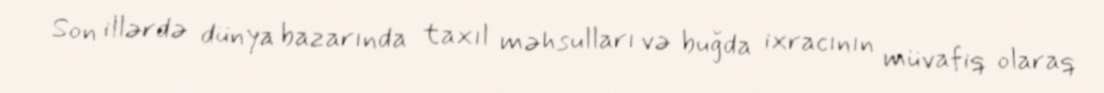
Son illərdə dünya bazarında taxıl məhsulları və buğda ixracının müvafiq olaraq